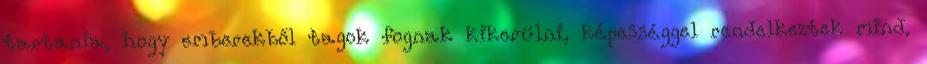
tartania, hogy emberekből tagok fognak kikerülni, képességgel rendelkeztek mind.